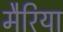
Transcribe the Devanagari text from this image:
मैरिया